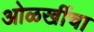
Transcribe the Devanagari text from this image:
ओळखींचा